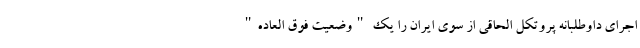
اجرای داوطلبانه پروتکل الحاقی از سوی ایران را یک "وضعیت فوق العاده"